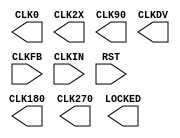
//    Xilinx Proprietary Primitive Cell X_CLKDLL for Verilog
//
// $Header: /devl/xcs/repo/env/Databases/CAEInterfaces/verplex_libs/data/simprims/X_CLKDLL.v,v 1.6.128.3 2004/09/28 20:47:45 wloo Exp $
//

`celldefine
`timescale 1 ps/1 ps

module X_CLKDLL (CLK0, CLK180, CLK270, CLK2X, CLK90, CLKDV, LOCKED,
               CLKFB, CLKIN, RST);

parameter CLKDV_DIVIDE = 2.0;
parameter DUTY_CYCLE_CORRECTION = "TRUE";
parameter FACTORY_JF = 16'hC080;		// non-simulatable
parameter STARTUP_WAIT = "FALSE";		// non-simulatable

input  CLKIN, CLKFB, RST;
output CLK0, CLK90, CLK180, CLK270, CLK2X, CLKDV, LOCKED;

endmodule